Lunatic asylums Burma 1907-21 - 1907-1921
Year: 1907
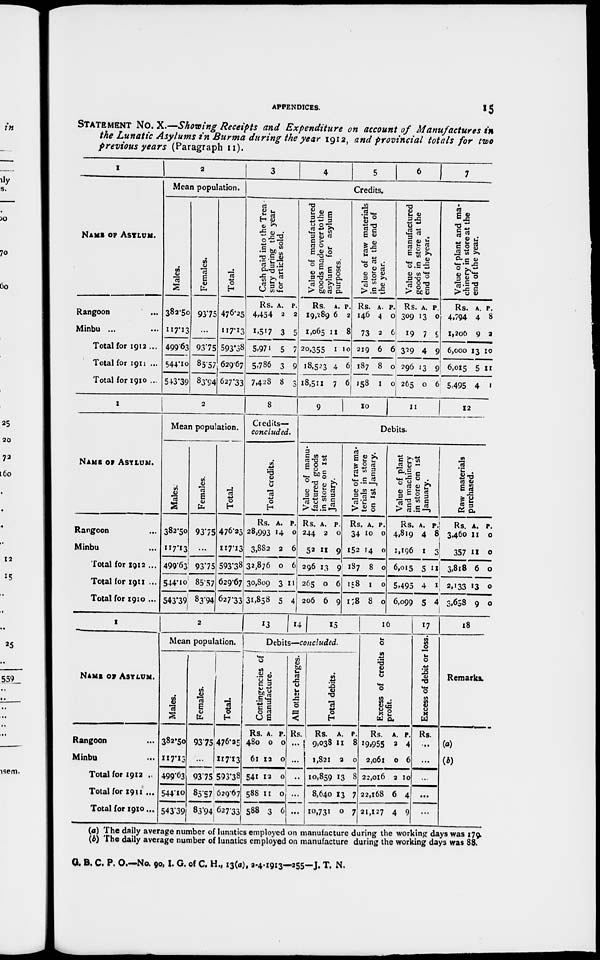
APPENDICES.
15
STATEMENT NO. X.—Showing Receipts and Expenditure on account of Manufactures in
the Lunatic Asylums in Burma during the year 1912, and provincial totals for two
previous years (Paragraph 11).
1
NAME OF ASYLUM.
Rangoon ...
Minbu ... ...
Total for 1912 ...
Total for 1911 ...
Total for 1910 ...
2
Mean population.
Males.
382.50
117.13
499.63
544.10
543.39
Females.
93.75
...
93.75
85.57
83.94
Total.
476.25
117.13
593.38
629.67
627.33
3
4
5
6 7
Credits.
Cash paid into the Trea -
sury during the year
for articles sold.
Rs.
4,454
1,517
5,971
5,786
7,428
A.
2
3
5
3
8
P.
2
5
7
9
3
Value of manufactured
goods made over to the
asylum for asylum
purposes.
Rs.
19,289
1,065
20,355
18,523
18,511
A.
6
11
1
4
7
P.
2
8
10
6
6
Value of raw materials
in store at the end of
the year.
Rs.
146
73
219
187
158
A.
4
2
6
8
1
P.
0
6
6
0
0
Value of manufactured
goods in store at the
end of the year.
Rs.
309
19
329
296
265
A.
13
7
4
13
0
P.
0
9
9
9
6
Value of plant and ma-
chinery in store at the
end of the year.
Rs.
4,794
1,200
6,000
6,015
5,495
A.
4
9
13
5
4
P.
8
2
10
11
1
1
NAME OF ASYLUM.
Rangoon ...
Minbu ...
Total for 1912 ...
Total for 1911 ...
Total for 1910 ...
2
Mean population.
Males.
382.50
117.13
499.63
544.10
543.39
Females.
93.75
...
93.75
85.57
83.94
Total.
476.25
117.13
593.38
629.67
627.33
8
Credits—
concluded.
Total credits.
Rs.
28,993
3,882
32,876
30,809
31,858
A.
14
2
0
3
5
P.
0
6
6
11
4
9
10
11
12
Debits.
Value of manu-
factured goods
in store on 1st
January.
Rs.
244
52
296
265
206
A.
2
11
13
0
6
P.
0
9
9
6
9
Value of raw ma-
terials in store
on 1st January.
Rs.
34
152
187
158
178
A.
10
14
8
1
8
P.
0
0
0
0
0
Value of plant
and machinery
in store on 1st
January.
Rs.
4,819
1,196
6,015
5,495
6,099
A.
4
1
5
4
5
P.
8
3
11
1
4
Raw materials
purchased.
Rs.
3,460
357
3,818
2,133
3,658
A.
11
11
6
13
9
P.
0
0
0
0
0
1
NAME OF ASYLUM.
Rangoon ...
Minbu ...
Total for 1912 ...
Total for 1911 ...
Total for 1910...
2
Mean population.
Males.
382.50
117.13
499.63
544.10
543.39
Females.
93.75
...
93.75
85.57
83.94
Total.
476.25
117.13
593.38
629.67
627.33
13
14
15
Debits—concluded.
Contingencies of
manufacture.
Rs.
480
61
541
588
588
A.
0
12
12
11
3
P.
0
0
0
0
6
All other charges.
Rs.
...
...
...
...
...
Total debits.
Rs.
9,038
1,821
10,859
8,640
10,731
A.
11
2
13
13
0
P.
8
0
8
7
7
16
Excess of credits or
profit.
Rs.
19,955
2,061
22,016
22,168
21,127
A.
2
0
2
6
4
P.
4
6
10
4
9
17
Excess of debit or loss.
Rs.
...
...
...
...
...
18
Remarks.
(a)
(b)
(a) The daily average number of lunatics employed on manufacture during the working days was 179.
(b) The daily average number of lunatics employed on manufacture during the working days was 88.
G. B. C. P. O.—No. 90,I. G. of C. H., 13(a), 2-4-1913—255—J. T. N.